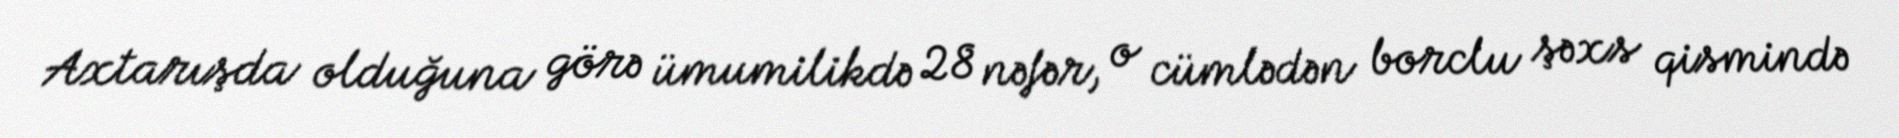
Axtarışda olduğuna görə ümumilikdə 28 nəfər, o cümlədən borclu şəxs qismində